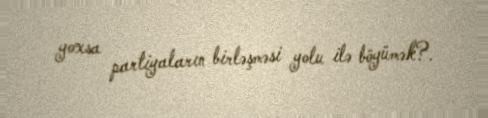
yoxsa partiyaların birləşməsi yolu ilə böyümək?.